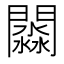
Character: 𨶺